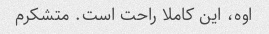
اوه، این کاملا راحت است. متشکرم